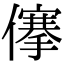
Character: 𠏯